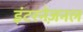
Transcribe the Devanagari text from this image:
इंटरनेज़नल